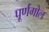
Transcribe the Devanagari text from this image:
पूर्णगोल